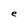
Character: e